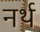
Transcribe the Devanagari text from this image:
नर्थ